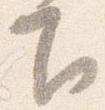
下